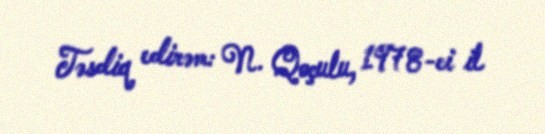
Təsdiq edirəm: N. Qoçulu, 1978-ci il